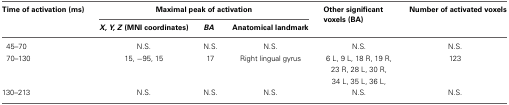
<table><thead><tr><td><b>Time of activation (ms)</b></td><td colspan="3"><b>Maximal peak of activation</b></td><td><b>Other significant voxels (BA)</b></td><td><b>Number of activated voxels</b></td></tr><tr><td></td><td><b><i>X, Y, Z</i> (MNI coordinates)</b></td><td><b><i>BA</i></b></td><td><b>Anatomical landmark</b></td><td></td><td></td></tr></thead><tbody><tr><td>45–70</td><td>N.S.</td><td>N.S.</td><td>N.S.</td><td>N.S.</td><td>N.S.</td></tr><tr><td>70–130</td><td>15, −95, 15</td><td>17</td><td>Right lingual gyrus</td><td>6 L, 9 L, 18 R, 19 R, 23 R, 28 L, 30 R, 34 L, 35 L, 36 L,</td><td>123</td></tr><tr><td>130–213</td><td>N.S.</td><td>N.S.</td><td>N.S.</td><td>N.S.</td><td>N.S.</td></tr></tbody></table>